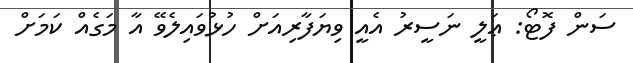
ސަން ފޮޓޯ: ޢަލީ ނަސީރު އެއީ ވިޔަފާރިއަށް ހުޅުވައިލެވޭ އާ މަގެއް ކަމަށް